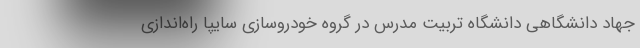
جهاد دانشگاهی دانشگاه تربیت مدرس در گروه خودروسازی سایپا راه‌اندازی